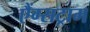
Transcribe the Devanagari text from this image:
एैंग्सट्राम